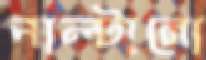
পাল্টানো